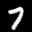
Label: 7